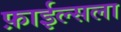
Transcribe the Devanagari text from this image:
फ़ाईल्सला